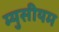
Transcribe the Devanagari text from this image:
म्युसीयम